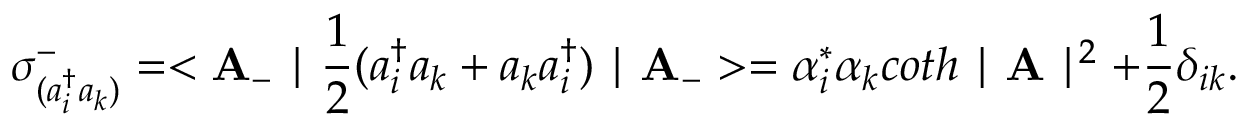
\sigma _ { ( a _ { i } ^ { \dag } a _ { k } ) } ^ { - } = < { \bf A } _ { - } \mid \frac { 1 } { 2 } ( a _ { i } ^ { \dag } a _ { k } + a _ { k } a _ { i } ^ { \dag } ) \mid { \bf A _ { - } } > = \alpha _ { i } ^ { * } \alpha _ { k } c o t h \mid { \bf A } \mid ^ { 2 } + \frac { 1 } { 2 } \delta _ { i k } . \nonumber \,